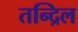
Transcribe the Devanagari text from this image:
तन्द्रिल